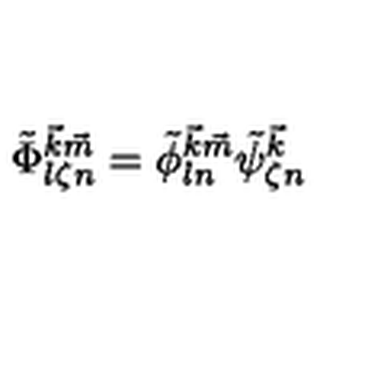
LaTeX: \tilde { \Phi } _ { l \zeta n } ^ { { \vec { k } } { \vec { m } } } = \tilde { \phi } _ { l n } ^ { { \vec { k } } { \vec { m } } } \tilde { \psi } _ { \zeta n } ^ { { \vec { k } } }